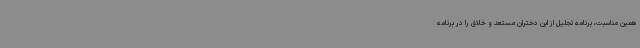
همین مناسبت، برنامه تجلیل از این دختران مستعد و خلاق را در برنامه